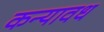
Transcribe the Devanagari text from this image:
कन्यावध